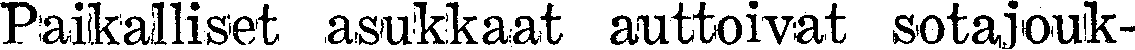
Paikalliset asukkaat auttoivat sotajouk-